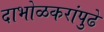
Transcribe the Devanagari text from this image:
दाभोळकरांपुढे